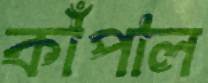
কাঁপাল